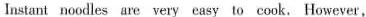
Instant noodles are very easy to cook, However,